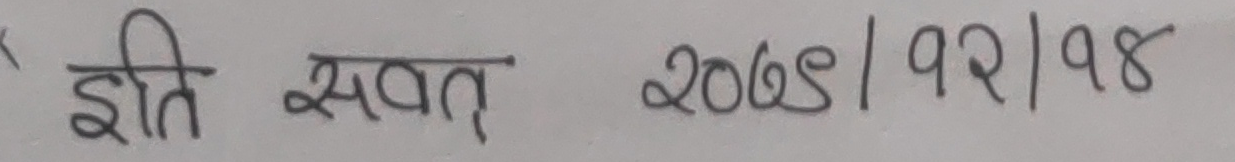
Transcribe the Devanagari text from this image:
इति संवत् 2068 | 12 | 14